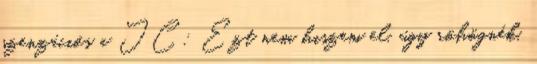
szenzációs a JC: Ezt nem hiszem el, úgy röhögnék,